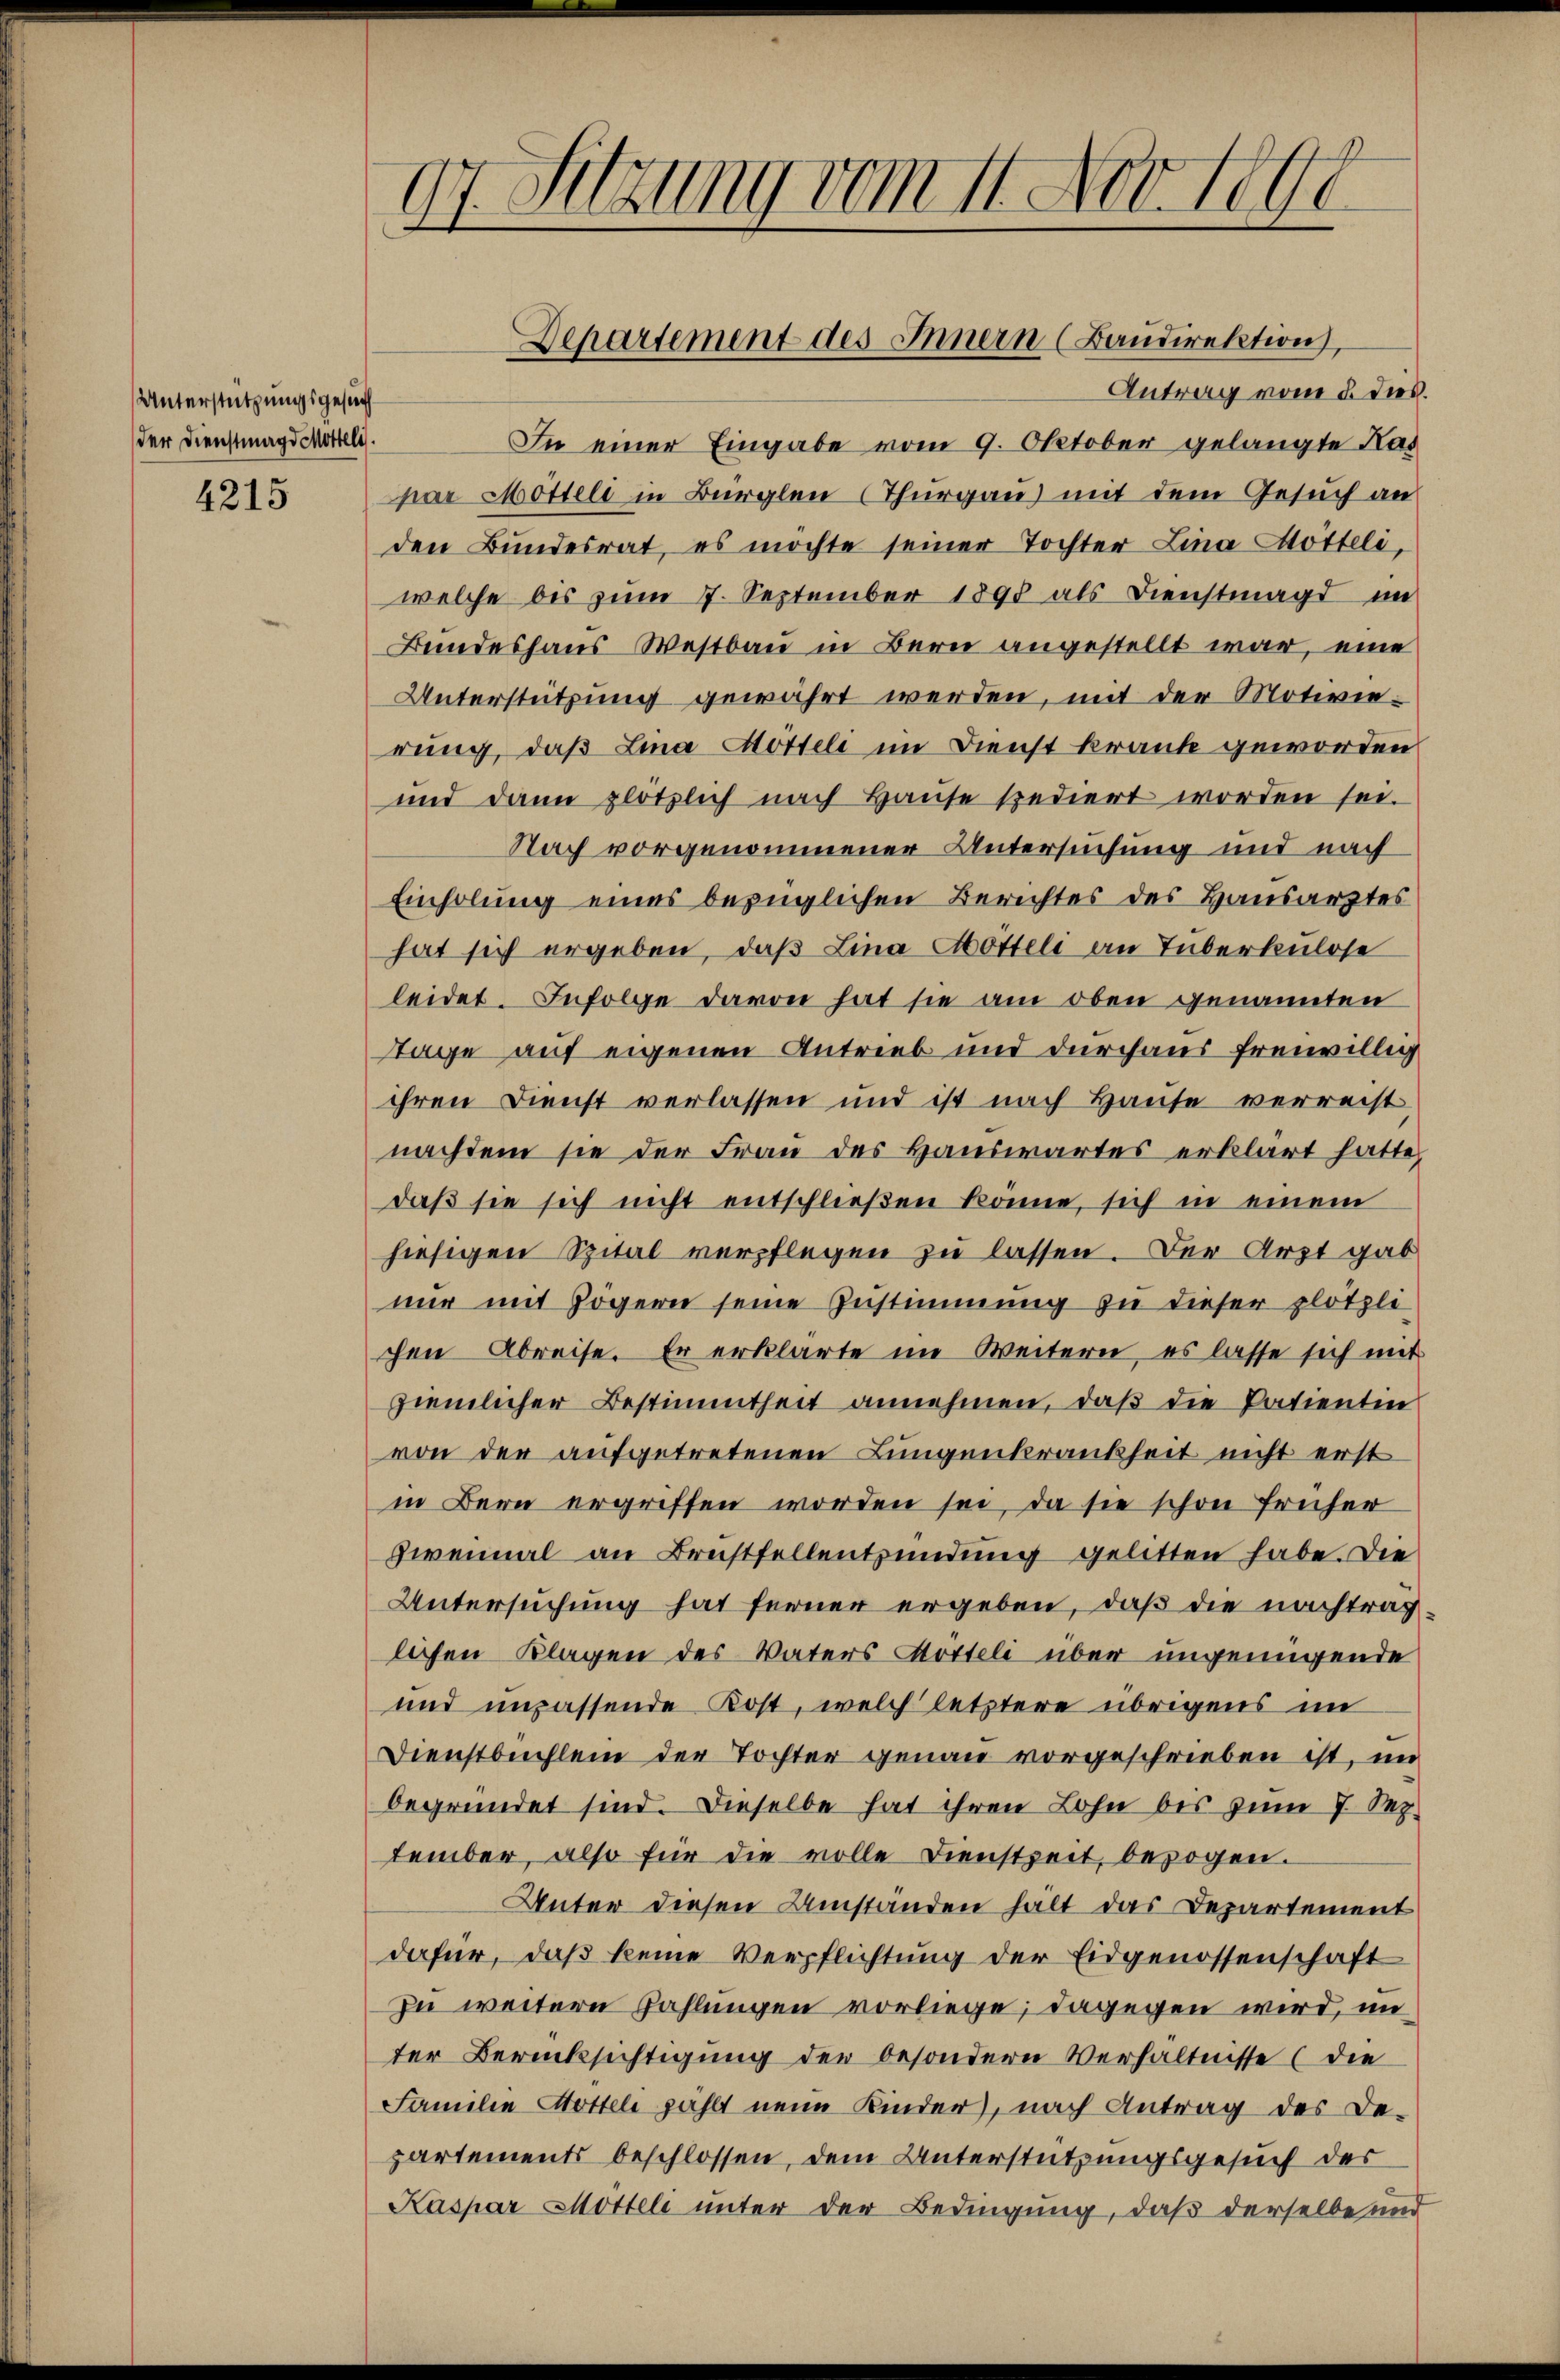
Unterstützungsgesuch
der Dienstmagd Mottels.

4215

97. Sitzung vom 11. Nov. 1891
e

Antrag vom 5. dies.
In einer Eingabe vom 9. Oktober gelangte Kas
par Mötteli in Bürglen (Thurgau) mit dem Gesuch an
den Bŭndesrat, es möchte seiner Tochter Lina Mötteli,
welche bis zum 7. September 1890 als Dienstmagd im
Bundeshaus Westbau in Bern angestellt war, eine
Unterstützung gewährt werden, mit der Motivierung, daß Lina Möttel im Dienst krank geworden
und dann plötzlich nach Hause spediert worden sei.
Nach vorgenommener Untersuchung und nach
Einholung eines bezüglichen Berichtes des Hausarztes
hat sich ergeben, daß Lina Mötteli an Tuberkulose
leidet. Infolge davon hat sie am oben genannten
Tage auf eigenen Antrieb und durchaus freiwillig
ihren Dienst verlassen und ist nach Hause verrecht
nachdem sie der Frau des Hauswartes erklärt hatte,
daß sie sich nicht entschließen könne, sich in einem
hiesigen Spital verpflegen zŭ lassen. Der Arzt gab
nur mit Zögern seine Zustimmung zu dieser plötzli
chen Abreise. Er erklärte im Weitern, es lasse sich mit
ziemlicher Bestimmtheit annehmen, daß die Patientin
von der aufgetretenen Lungenkrankheit nicht erst
in Bern ergriffen worden sei, da sie schon früher
zweimal an Brustfellentzündung gelitten habe. Die
Untersuchung hat ferner ergeben, daß die nachtrag
lichen Klagen des Vaters Aotteli über ungenügende
und impassende Kost, welch letztere übrigens im
Dienstbuchlein der Tochter genau vorgeschrieben ist, im
begründet sind. Dieselbe hat ihren Lohn bis zum 7 Sep.
tember, also für die volle Dienstzeit, bezogen.
Unter diesen Umständen hält das Departement
dafür, daß keine Verpflichtung der Eidgenossenschaft
In weitere Zahlungen vorliege; dagegen wird, im
ter Berücksichtigung der besondern Verhältnisse (die
Familie Hottel zählt nein Kinder, nach Antrag des De-
partements beschlossen, dem Unterstützungsgesuch der
Kaspar Möttel unter der Bedingung, daß derselbe und

Departement des Innern (Baŭdirektion,